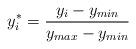
LaTeX: \begin{align*}y_i^* = \frac{y_i-y_{min}}{y_{max}-y_{min}}\end{align*}